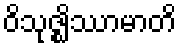
ဝိသုဇ္ဈိဿာမာတိ